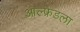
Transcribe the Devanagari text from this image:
आल्फ्रेडला